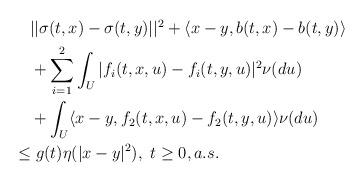
LaTeX: \begin{align*}\aligned&\quad||\sigma(t,x)-\sigma(t,y)||^2+\langle x-y,b(t,x)-b(t,y)\rangle\\&\quad+\sum_{i=1}^2\int_U|f_i(t,x,u)-f_i(t,y,u)|^2\nu(du)\\&\quad+\int_U\langle x-y,f_2(t,x,u)-f_2(t,y,u)\rangle\nu(du)\\&\le g(t)\eta(|x-y|^2),\ t\ge 0, a.s. \endaligned\end{align*}